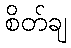
စိတ်ချ